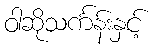
ဝါဆိုသင်္ကန်းနှင့်